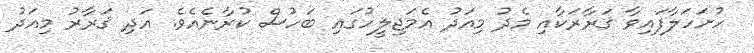
ހުށަހަލާފައިވާ ޤަރާރަކާއި މެދު މިއަދު އެމަޖިލީހުގައި ބަހުސް ކުރާނެއެވެ. އަދި ޤަރާރު މިއަދު